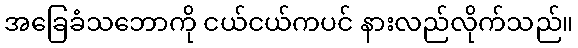
အခြေခံသဘောကို ငယ်ငယ်ကပင် နားလည်လိုက်သည်။